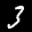
Label: 3